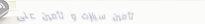
تأمين سيارات و تأمين على